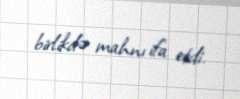
birlikdə mahnı ifa etdi.